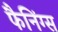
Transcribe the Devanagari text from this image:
फैनिंग्स